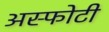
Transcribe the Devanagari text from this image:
अस्फोटी